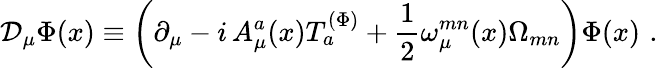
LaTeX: {\cal D}_{\mu}\Phi(x)\equiv\left(\partial_{\mu}-i\, {A_{\mu}^{a}}(x)T_{a}^{(\Phi)}+\frac 12\omega_{\mu}^{mn}(x)\Omega_{mn}\right)\Phi(x)\, \, .